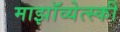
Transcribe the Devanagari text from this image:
माझॉव्येत्स्की